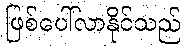
ဖြစ်ပေါ်လာနိုင်သည်